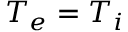
T _ { e } = T _ { i }